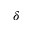
\delta